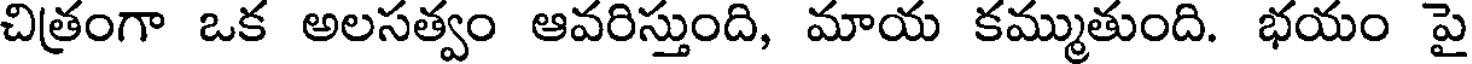
చిత్రంగా ఒక అలసత్వం ఆవరిస్తుంది, మాయ కమ్ముతుంది. భయం పై